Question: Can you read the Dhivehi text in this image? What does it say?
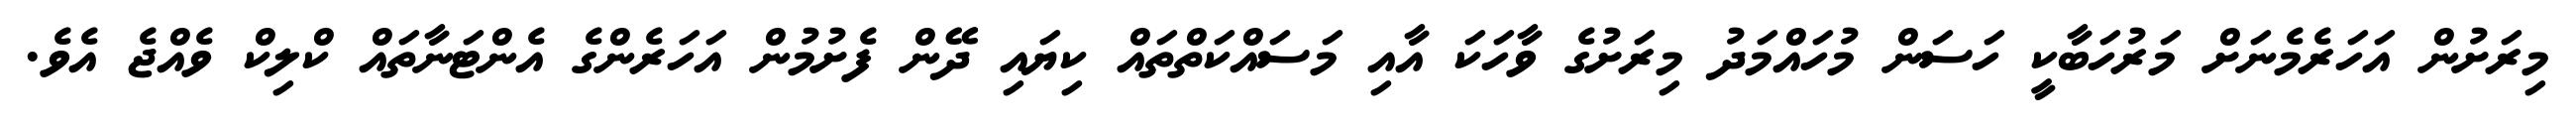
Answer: މިރަށުން އަހަރެމެނަށް މަރުހަބާކީ ހަސަން މުހައްމަދު މިރަށުގެ ވާހަކަ އާއި މަސައްކަތްތައް ކިޔައި ދޭން ފެށުމުން އަހަރެންގެ އެންޓަނާތައް ކްލިކް ވެއްޖެ އެވެ.